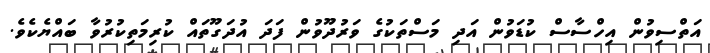
އަތްސިވުން އިހްސާސް ކުޑަވުން އަދި މަސްތަކުގެ ވަރުދޫވުން ފަދަ އުދަގޫތައް ކުރިމަތިކުރުވާ ބައްޔެކެވެ.